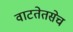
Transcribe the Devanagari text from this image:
वाटतेतसेच